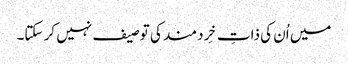
میں اُن کی ذاتِ خِردمند کی توصیف نہیں کر سکتا۔